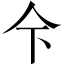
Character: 𱎜